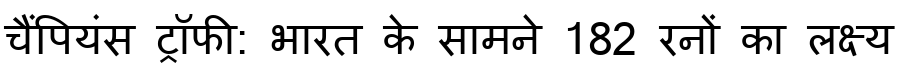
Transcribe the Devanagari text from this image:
चैंपियंस ट्रॉफी: भारत के सामने 182 रनों का लक्ष्य